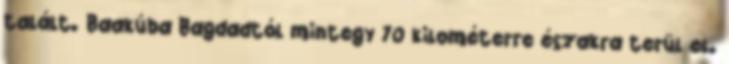
talált. Baakúba Bagdadtól mintegy 70 kilométerre északra terül el.